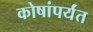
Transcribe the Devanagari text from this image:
कोषांपर्यंत